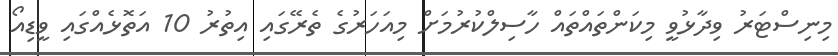
މިނިސްޓަރު ވިދާޅުވީ މިކަންތައްތައް ހާސިލްކުރުމަށް މިއަހަރުގެ ތެރޭގައި އިތުރު 10 އަތޮޅެއްގައި ވީޑިއޯ